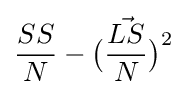
{\frac {SS}{N}}-{\big (}{\frac {\vec {LS}}{N}}{\big )}^{2}